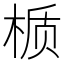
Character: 𬃊